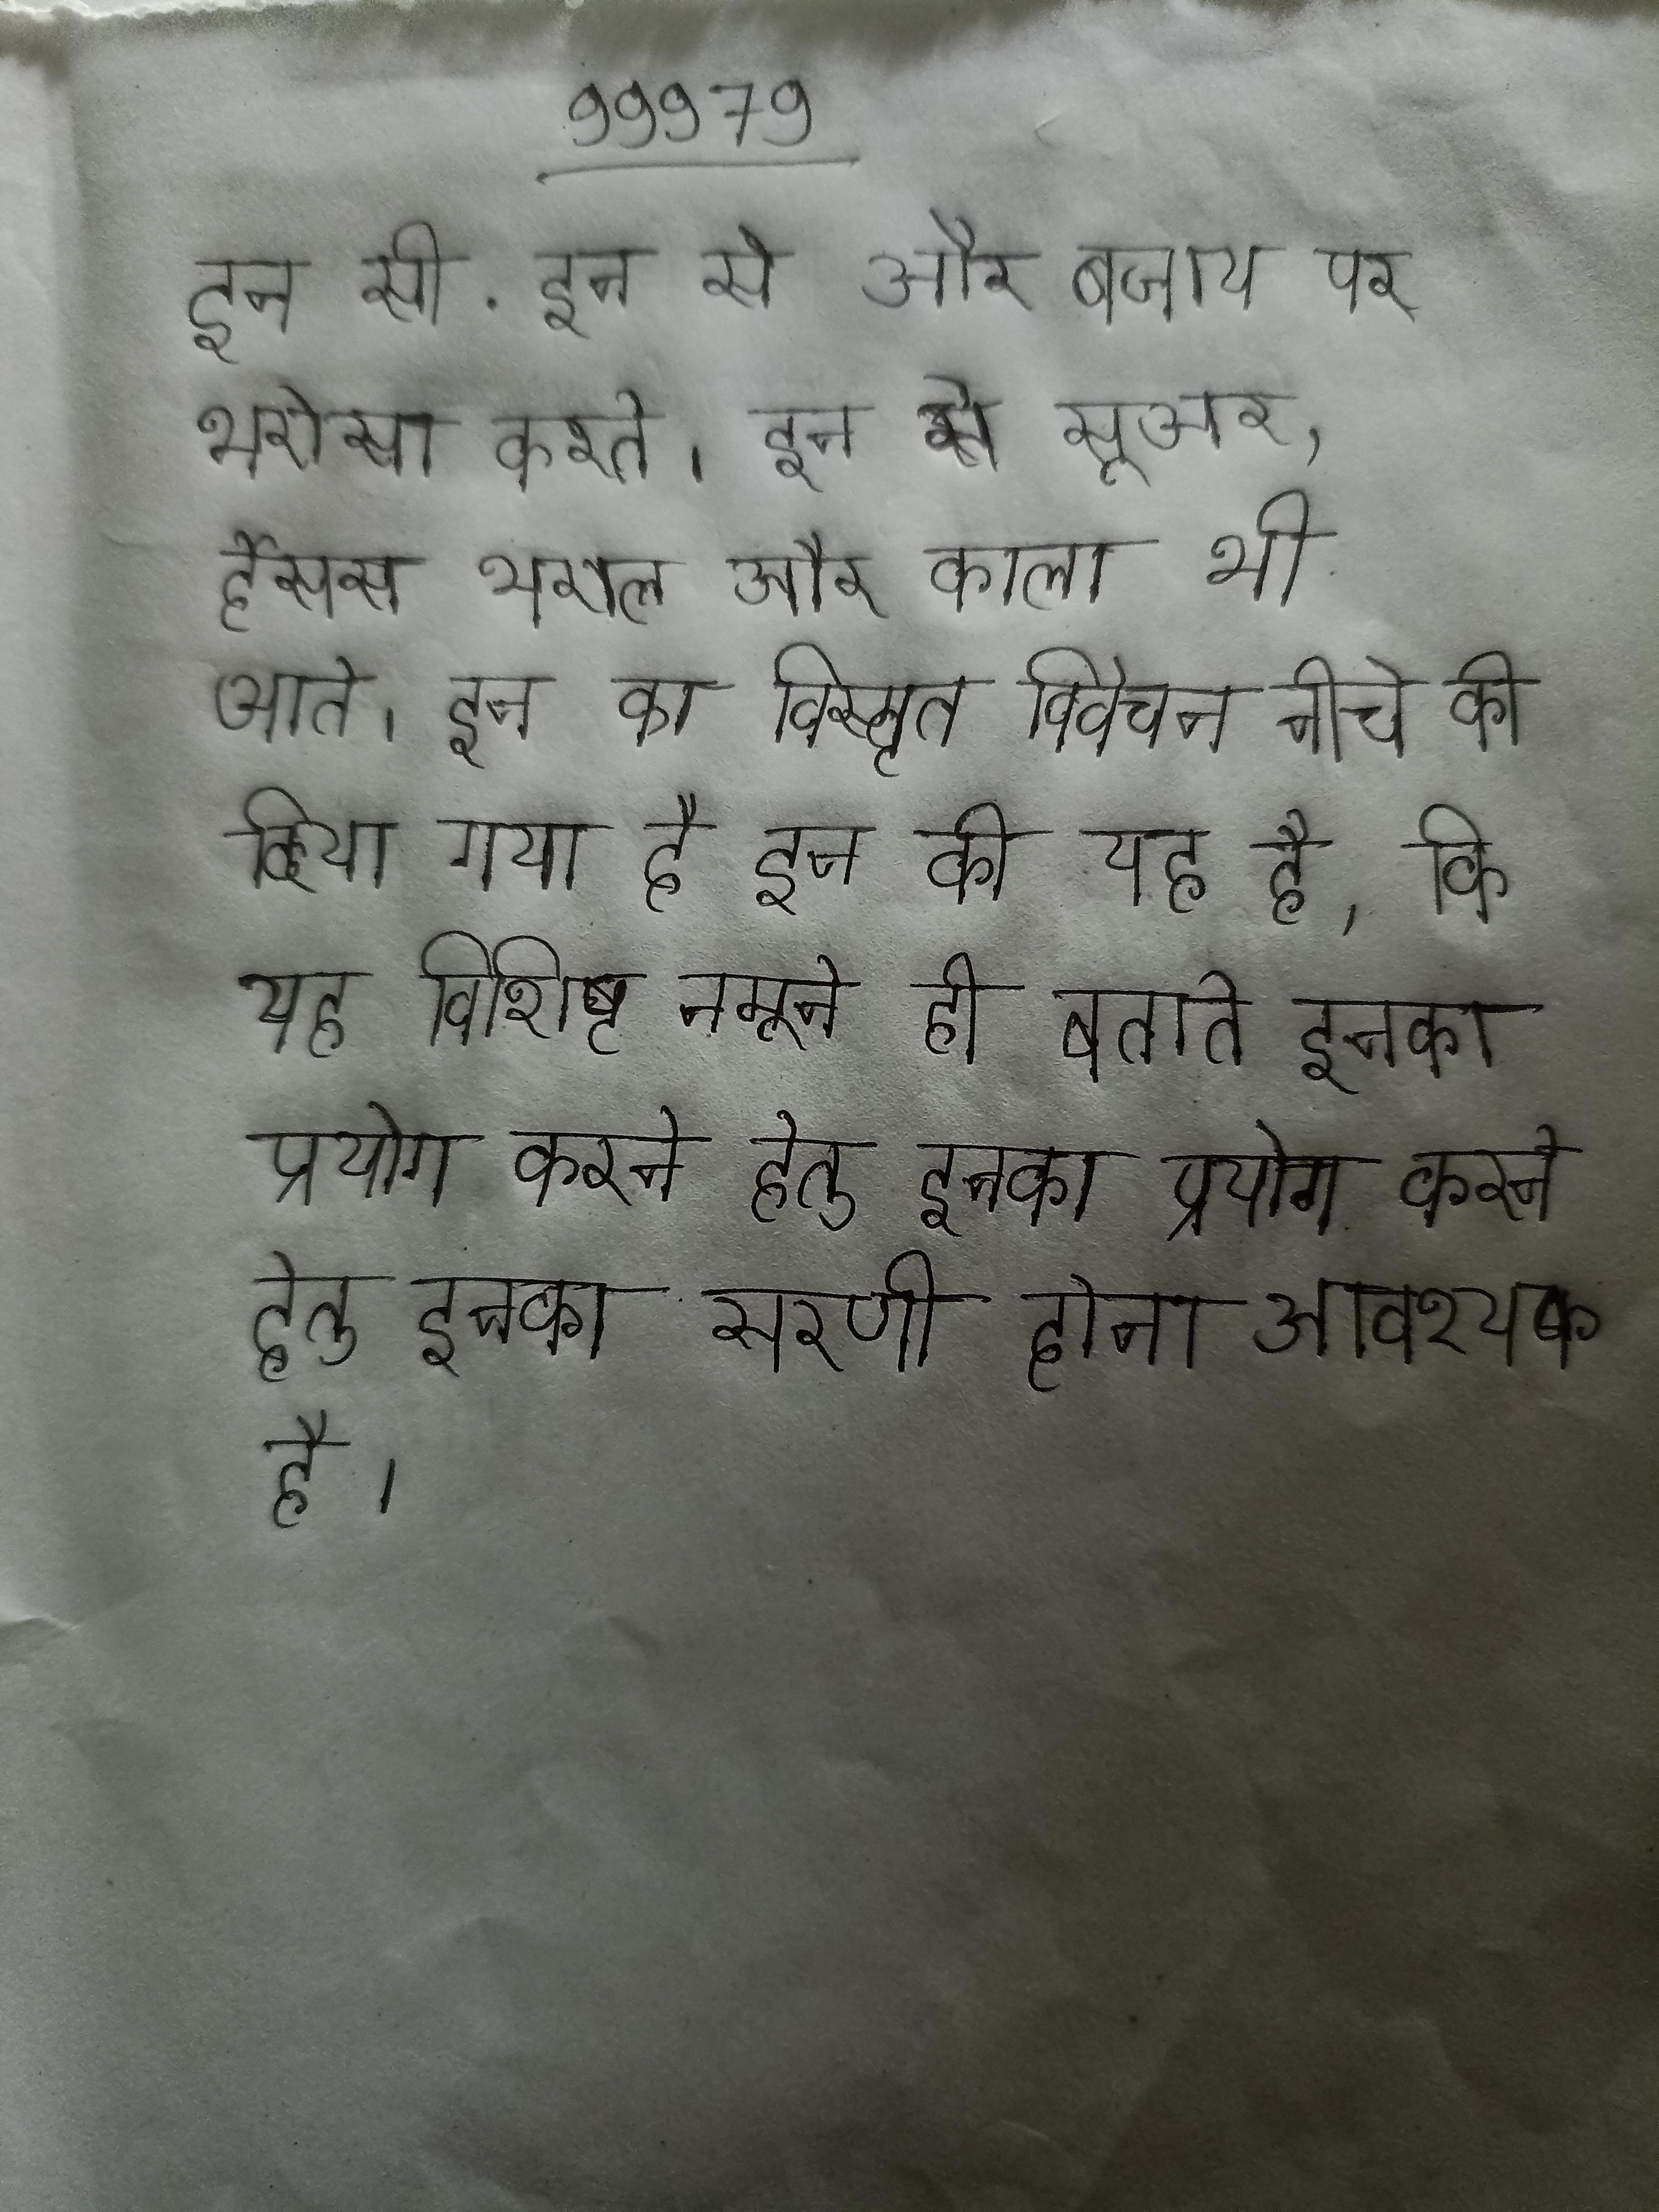
इन सी . इन से और बजाय पर भरोसा करते । इन से सूअर, र्हेसस भराल और काला भी आते । इन का विस्तृत विवेचन नीचे की दिया गया है इन की यह है, कि यह विशिष्ट नमूने ही बताते इनका प्रयोग करने हेतु इनका सारणी होना आवश्यक है ।